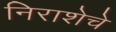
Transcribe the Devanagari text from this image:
निराशेचे